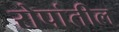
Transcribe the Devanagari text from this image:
रोपांतील